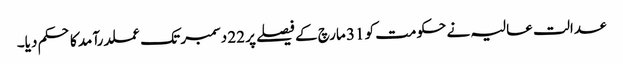
عدالت عالیہ نے حکومت کو 31 مارچ کے فیصلے پر 22 دسمبر تک عملدرآمد کا حکم دیا۔